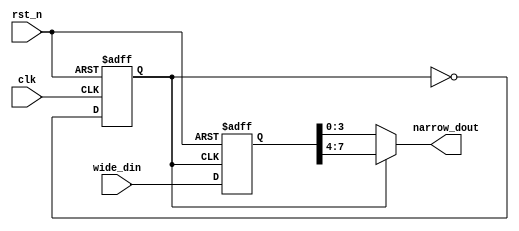
module wide2narrow(
    input               clk,
    input               rst_n,
    input   [7:0]       wide_din,

    output  [3:0]       narrow_dout
);

reg     flag;   // clk
always @(posedge clk or negedge rst_n) begin
    if(!rst_n)
        flag <= 1'b0;
    else
        flag <= ~flag;
end

reg     [7:0]   wide_din_sync;
always @(posedge flag or negedge rst_n) begin
    if(!rst_n)
        wide_din_sync <= 'd0;
    else
        wide_din_sync <= wide_din;
end

assign narrow_dout = flag ? wide_din_sync[7:4] : wide_din_sync[3:0];


endmodule